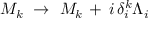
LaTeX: M _ { k } \ \rightarrow \ M _ { k } \, + \, i \, \delta _ { i } ^ { k } \Lambda _ { i }